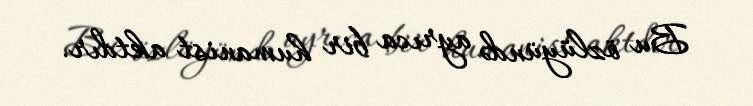
Bu özlüyündə ayrıca bir humanist aktdır.